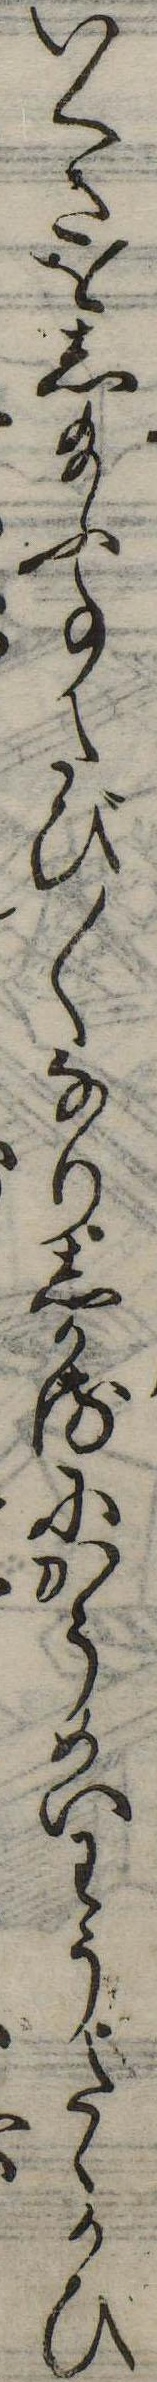
いくさをし給ふ事たび〱なりしかるにかうめいわうたゝかひ